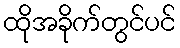
ထိုအခိုက်တွင်ပင်